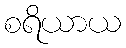
စရိယာယ